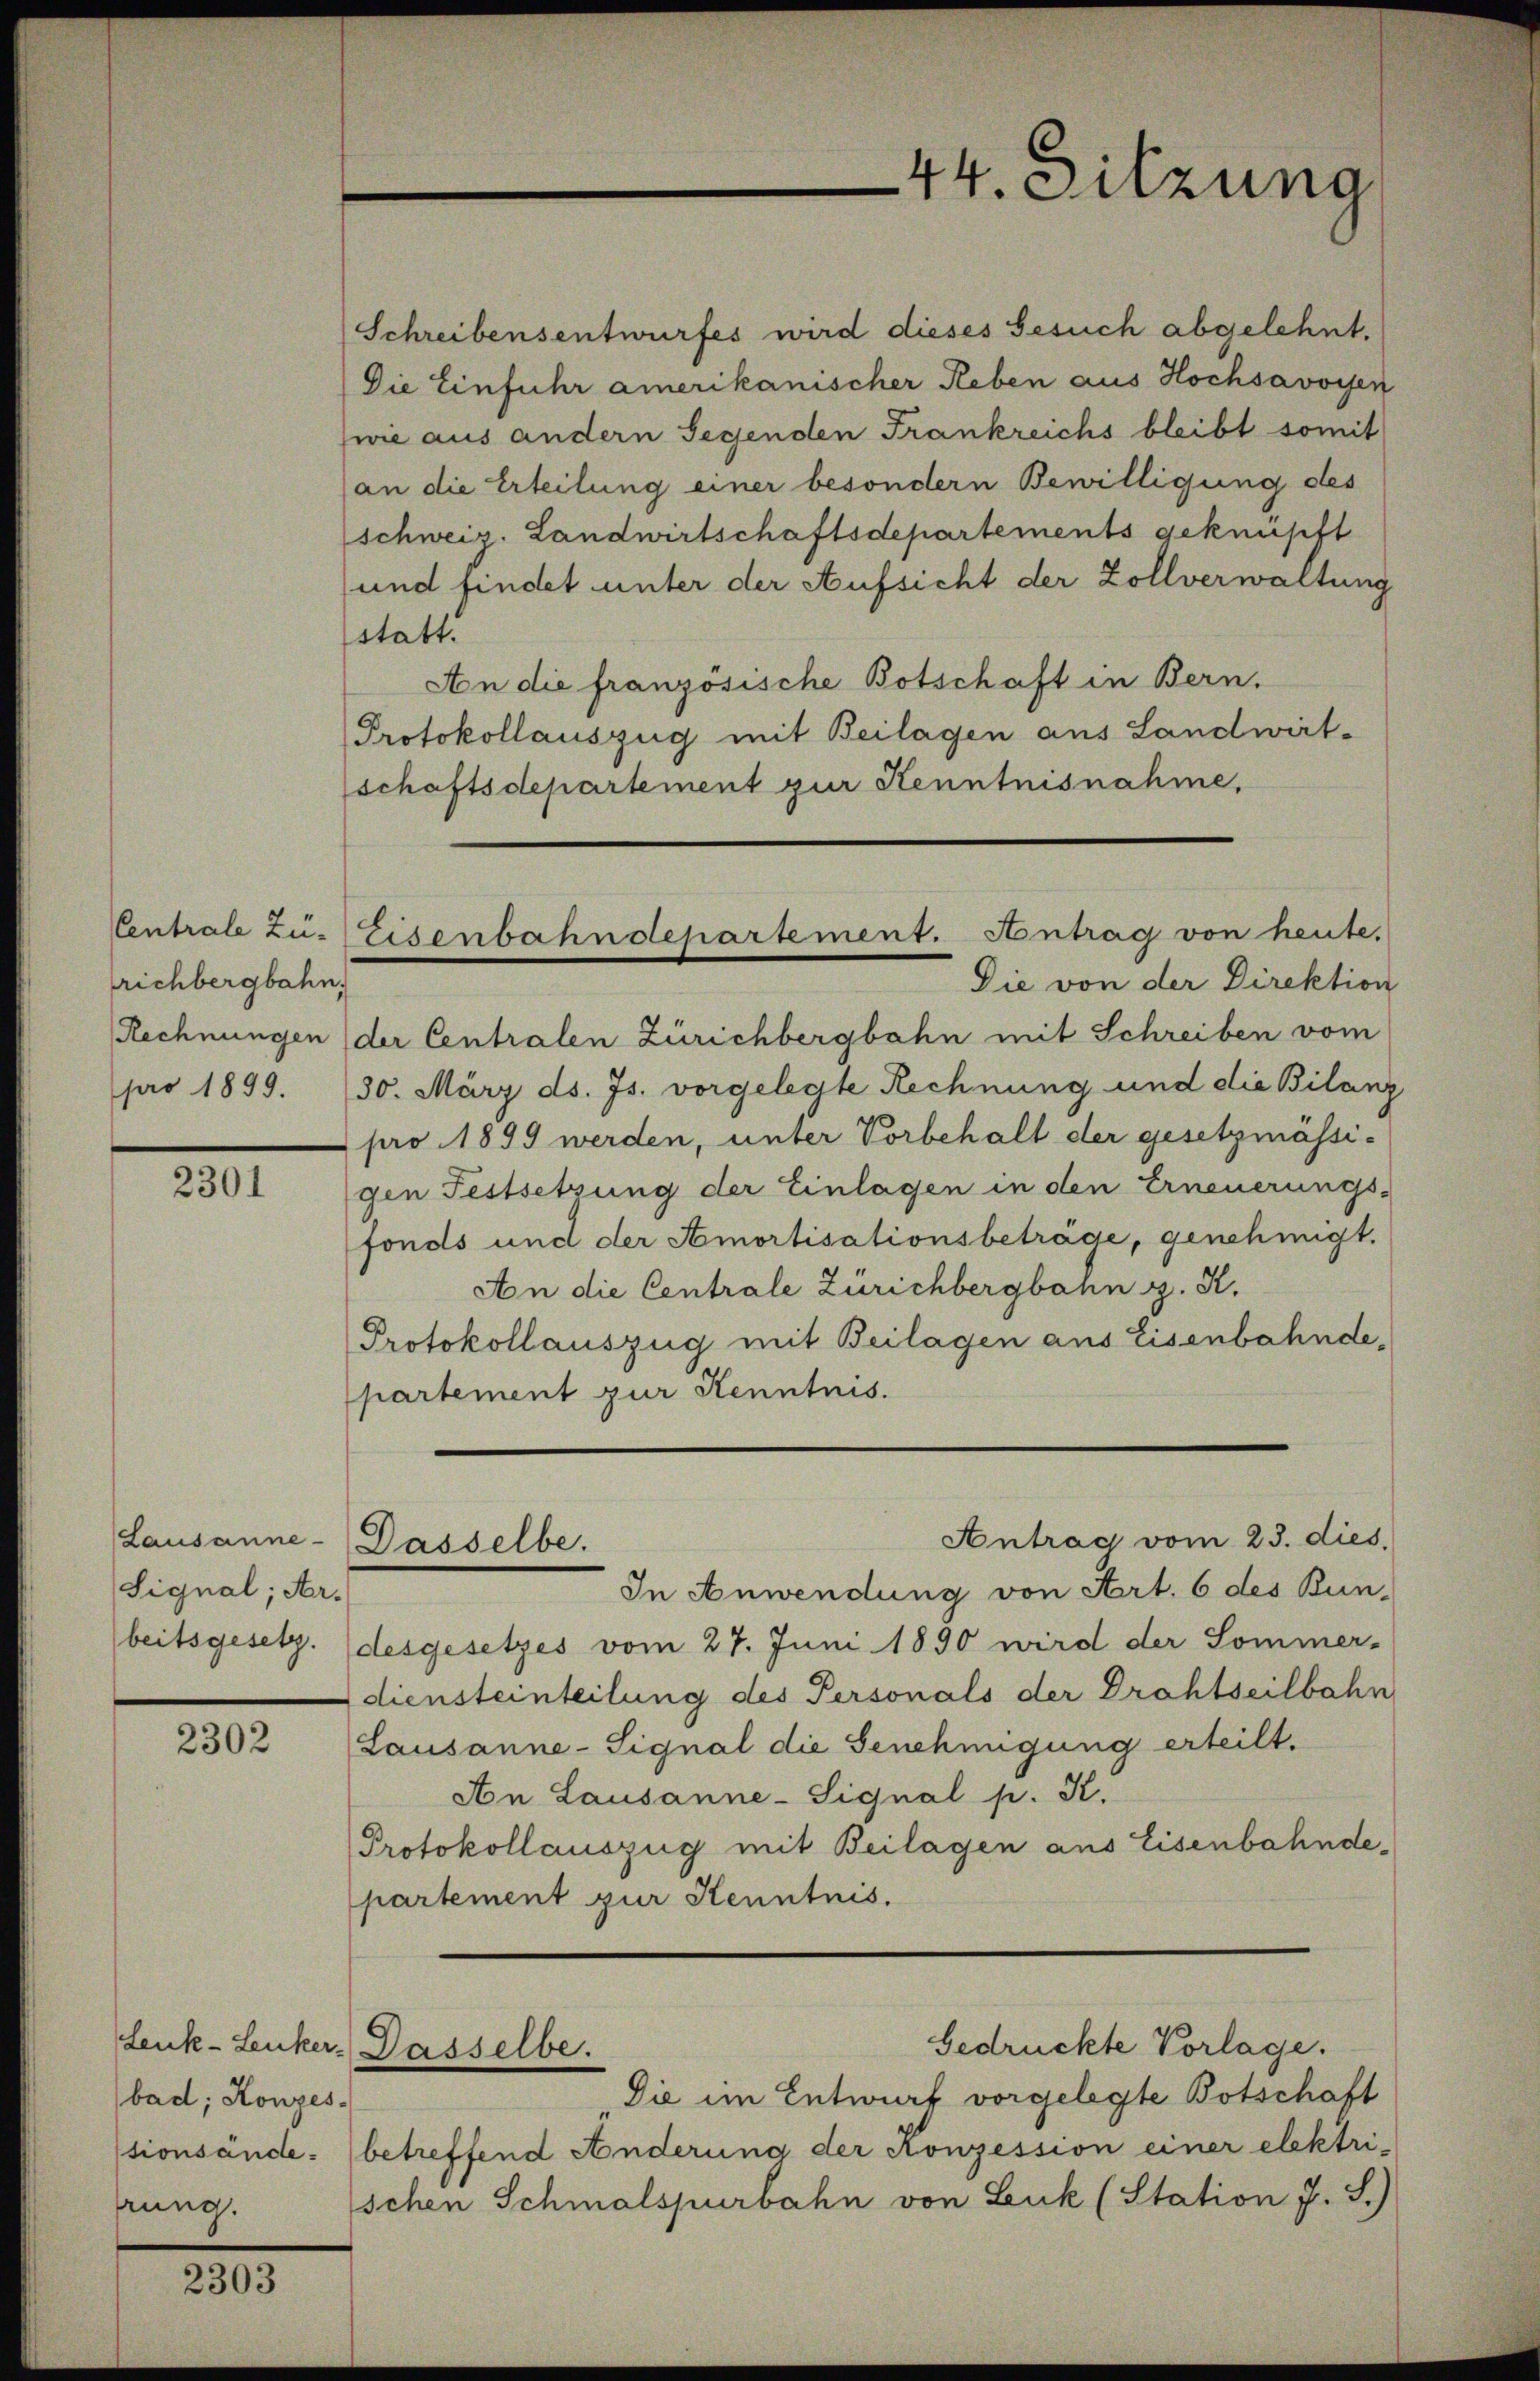
Centrale Zürichbergbahn.
Rechnungen
pro 1899.

2301

Signal; Ar¬

2302

bad; Konzeshrung.

2303

Schreibensentwurfes wird dieses Gesuch abgelehnt.
Die Einfuhr amerikanischer Reben aus Hochsavoyen
(wie aus andern Segenden Frankreichs bleibt somit
an die Erteilung einer besondern Bewilligung des
schweiz. Landwirtschaftsdepartements geknüpft
und findet unter der Aufsicht der Zollverwaltung
sstatt.
An die französische Botschaft in Bern.
Protokollauszug mit Beilagen aus Landwirt-
schaftsdepartement zur Kenntnisnahme,

Eisenbahndepartement. Antrag von heute.
Die von der Direktion

Leuk-Leuker. Dasselbe.

44. Sitzung

der Centralen Zürichbergbahn mit Schreiben vom
30. März ds. Js. vorgelegte Rechnung und die Bilanz
pro 1899 werden, unter Vorbehalt der gesetzmässi-
gen Festsetzung der Einlagen in den Erneuerungs-
fonds und der Amortisationsbeträge, genehmigt.
An die Centrale Zürichbergbahn g. K.
Protokollauszug mit Beilagen aus Eisenbahndepartement zur Kenntnis.

Antrag vom 23. dies
Lausanne - Dasselbe.

In Anwendung von Art. 6 des Bun-
beitsgesetz. desgesetzes vom 27. Juni 1890 wird der Sommer-
diensteinteilung des Personals der Drahtseilbahn
Lausanne-Signal die Genehmigung erteilt.
An Lausanne-Signal p. K.
Protokollauszug mit Beilagen aus Eisenbahndepartement zur Kenntnis.

Die im Entwurf vorgelegte Botschaft
stionsände- (betreffend Anderung der Konzession einer elektri-
schen Schmalspurbahn von Leuk (Station J. J.)

Gedrückte Vorlage.